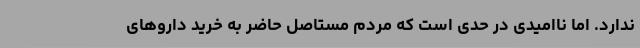
ندارد. اما ناامیدی در حدی است که مردم مستاصل حاضر به خرید داروهای